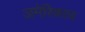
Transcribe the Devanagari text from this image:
अमेरिकाच